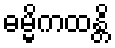
ဓမ္မိကထန္တိ